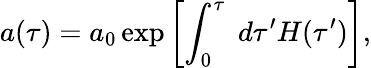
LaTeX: a(\tau)=a_{0}\exp\left[\int_{0}^{\tau}\; d\tau^{\prime}H(\tau^{\prime})\right],